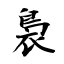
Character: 裊